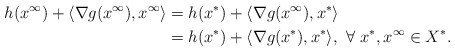
\begin{align*}h(x^\infty)+\langle\nabla g(x^{\infty}),x^{\infty}\rangle&=h(x^*)+\langle\nabla g(x^{\infty}),x^{*}\rangle\\&=h(x^*)+\langle\nabla g(x^{*}),x^{*}\rangle, \ \forall~x^*, x^{\infty}\in X^*.\end{align*}